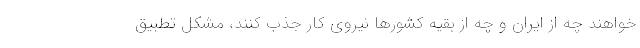
خواهند چه از ایران و چه از بقیه کشورها نیروی کار جذب کنند، مشکل تطبیق